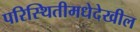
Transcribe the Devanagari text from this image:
परिस्थितीमधेदेखील